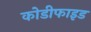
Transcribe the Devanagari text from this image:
कोडीफाइड